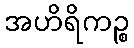
အဟိရိကဉ္စ